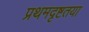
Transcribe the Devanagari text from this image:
प्रथमदृष्टतया